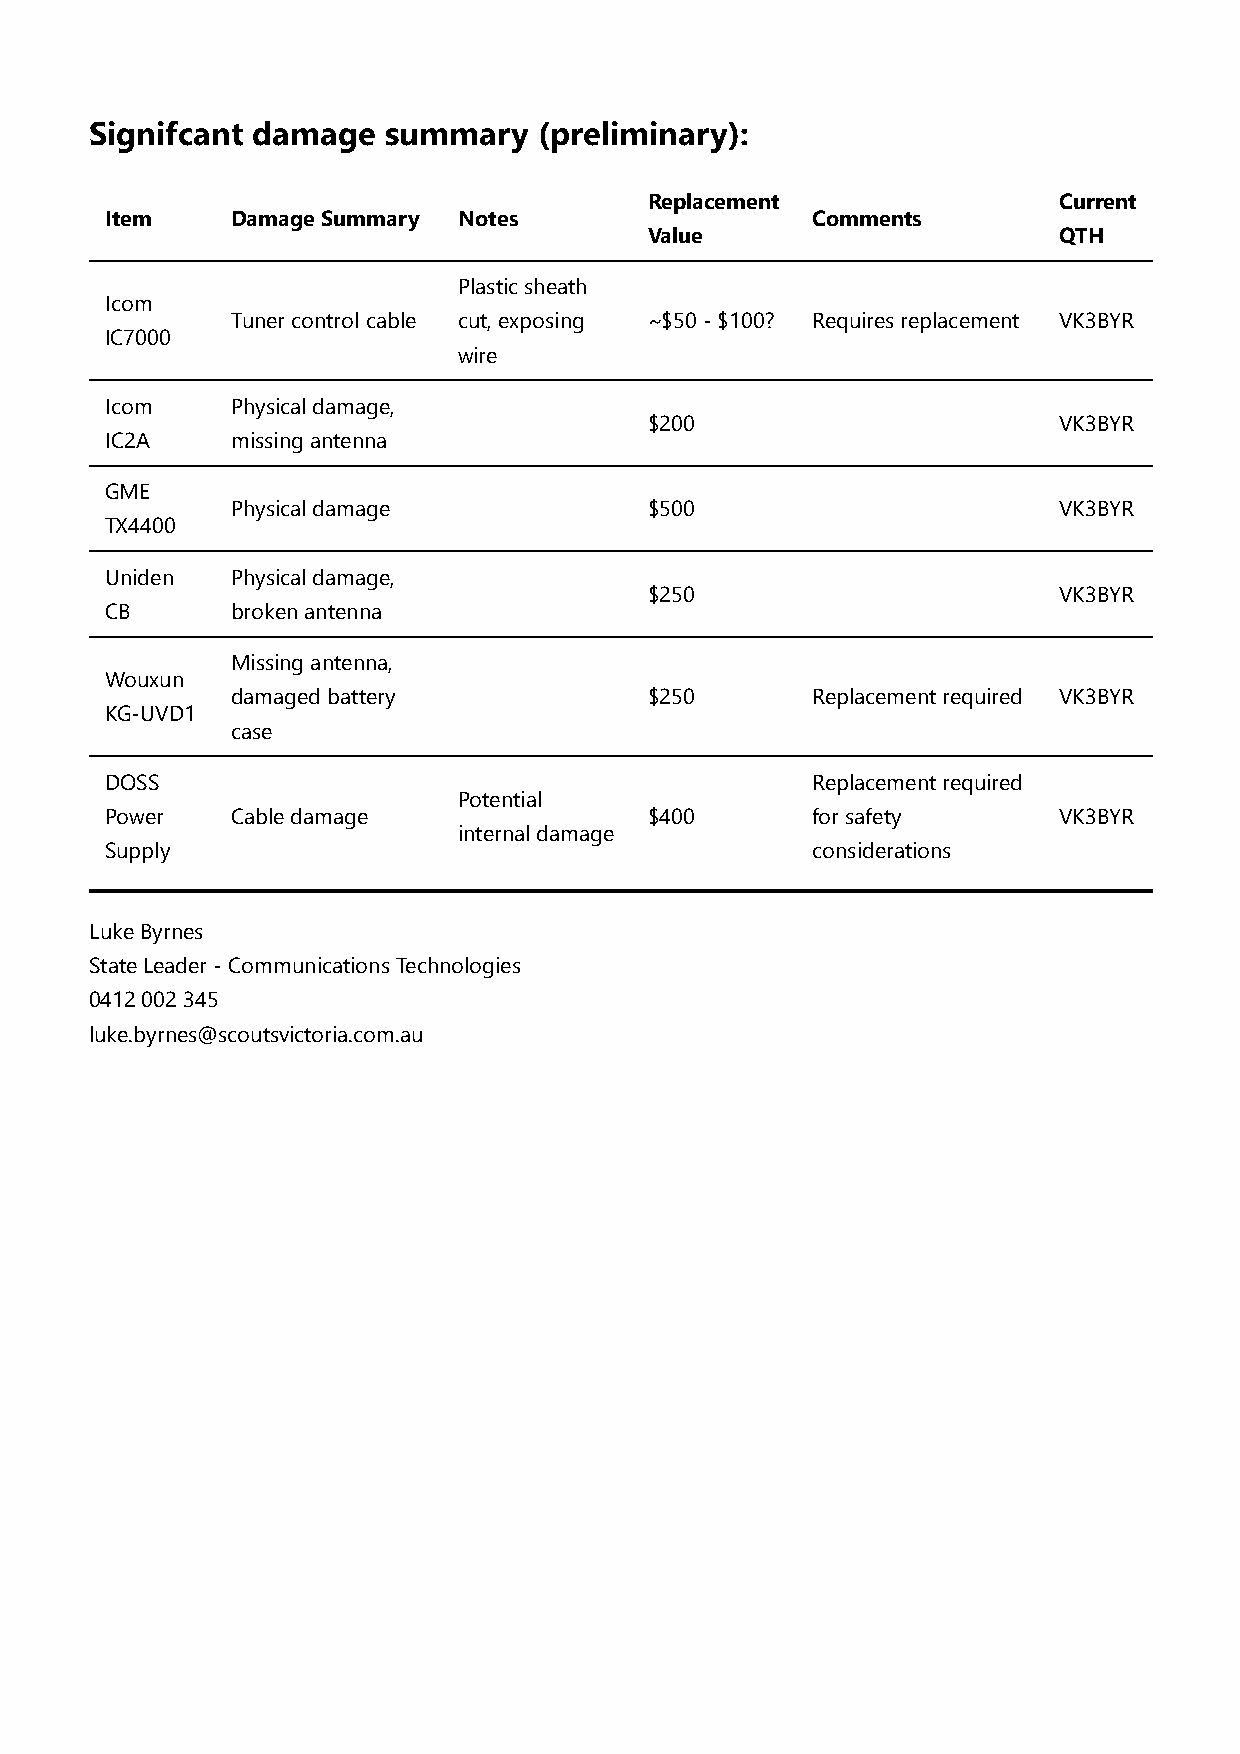
Signifcant damage   summary   (preliminary):
 Replacement                Current
 Item    Damage Summary Notes                   Comments
 Value                      QTH
 Plastic sheath
 Icom
 Tuner control cable cut, exposing ~$50 - $100? Requires replacement VK3BYR
 IC7000
 wire
 Icom    Physical damage,
 $200                       VK3BYR
 IC2A    missing antenna
 GME
 Physical damage             $500                       VK3BYR
 TX4400
 Uniden  Physical damage,
 $250                       VK3BYR
 CB      broken antenna
 Missing antenna,
 Wouxun
 damaged battery             $250       Replacement required VK3BYR
 KG-UVD1
 case
 DOSS                                           Replacement required
 Potential
 Power   Cable damage                $400       for safety      VK3BYR
 internal damage
 Supply                                         considerations
 Luke Byrnes
 State Leader - Communications Technologies
 0412 002 345
 luke.byrnes@scoutsvictoria.com.au